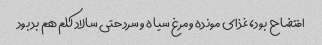
افتضاح بود، غذای مونده و مرغ سیاه و سرد حتی سالاد کلم هم بد بود